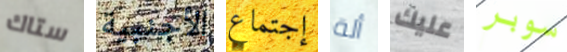
ستاك الأجنبية إجتماع ألة عليك سوبر